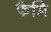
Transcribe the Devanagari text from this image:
फैमि